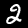
Digit: 2